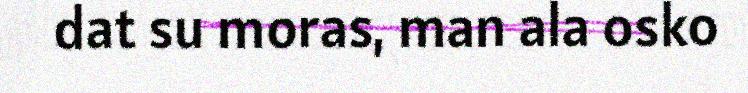
dat su moras, man ala osko